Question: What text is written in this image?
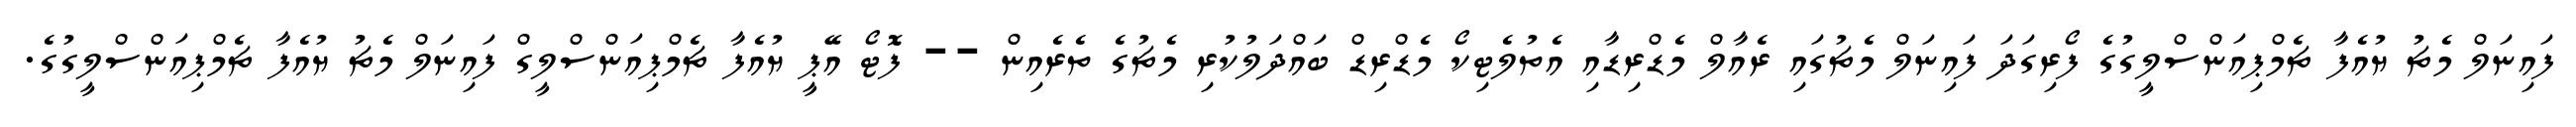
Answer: ފައިނަލް މެޗު ޔުއެފާ ޗެމްޕިއަންސްލީގުގެ ފޯރިގަދަ ފައިނަލް މެޗުގައި ރެއާލް މެޑްރިޑާއި އެތުލެޓިކޯ މެޑްރިޑް ބައްދަލުކުރި މެޗުގެ ތެރެއިން -- ފޮޓޯ އޭޕީ ޔުއެފާ ޗެމްޕިއަންސްލީގް ފައިނަލް މެޗު ޔުއެފާ ޗެމްޕިއަންސްލީގުގެ.